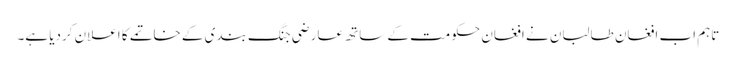
تاہم اب افغان طالبان نے افغان حکومت کے ساتھ عارضی جنگ بندی کے خاتمے کا اعلان کردیا ہے۔